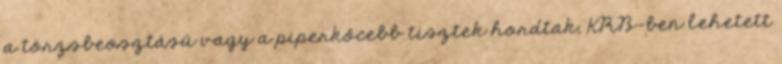
a törzsbeosztású vagy a piperkőcebb tisztek hordtak, KRB-ben lehetett